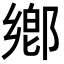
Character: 鄕